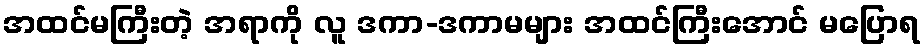
အထင်မကြီးတဲ့ အရာကို လူ ဒကာ-ဒကာမများ အထင်ကြီးအောင် မပြောရ